Plague in India, 1896, 1897 - Volume 3
Year: 1896
Disease focus: Plague
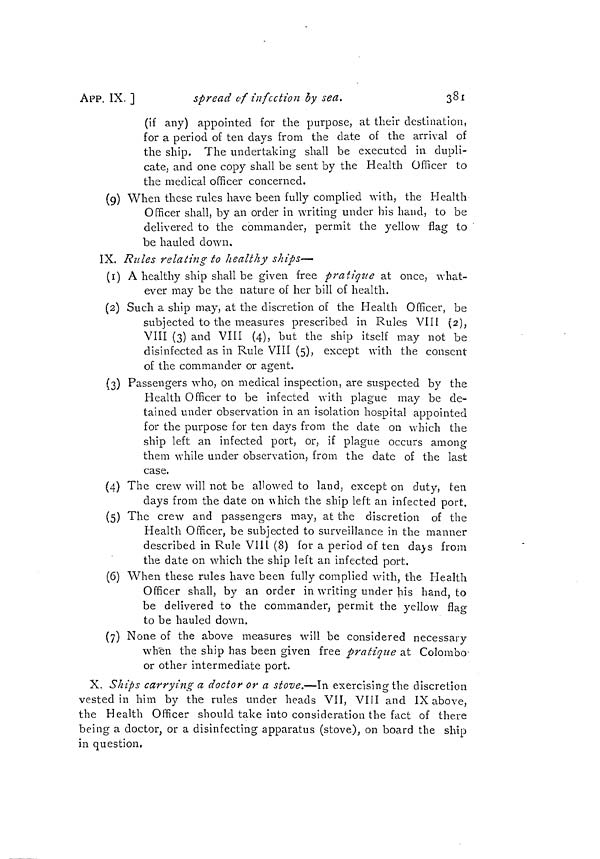
APP. IX. ]
spread of infection by sea.
381
(if any) appointed for the purpose, at their destination,
for a period of ten days from the date of the arrival of
the ship. The undertaking shall be executed in dupli-
cate, and one copy shall be sent by the Health Officer to
the medical officer concerned.
(9) When these rules have been fully complied with, the Health
Officer shall, by an order in writing under his hand, to be
delivered to the commander, permit the yellow flag to
be hauled down.
IX. Rules relating to healthy ships—
(ï) A healthy ship shall be given free pratique at once, what-
ever may be the nature of her bill of health.
(2) Such a ship may, at the discretion of the Health Officer, be
subjected to the measures prescribed in Rules VIII (2),
VIII (3) and VIII (4), but the ship itself may not be
disinfected as in Rule VIII (5), except with the consent
of the commander or agent.
(3) Passengers who, on medical inspection, are suspected by the
Health Officer to be infected with plague may be de-
tained under observation in an isolation hospital appointed
for the purpose for ten days from the date on which the
ship left an infected port, or, if plague occurs among
them while under observation, from the date of the last
case.
(4) The crew will not be allowed to land, except on duty, ten
days from the date on which the ship left an infected port.
(5) The crew and passengers may, at the discretion of the
Health Officer, be subjected to surveillance in the manner
described in Rule VIII (8) for a period of ten days from
the date on which the ship left an infected port.
(6) When these rules have been fully complied with, the Health
Officer shall, by an order in writing under his hand, to
be delivered to the commander, permit the yellow flag
to be hauled down.
(7) None of the above measures will be considered necessary
when the ship has been given free pratique at Colombo
or other intermediate port.
X. Ships carrying a doctor or a stove.—In exercising the discretion
vested in him by the rules under heads VII, VIII and IX above,
the Health Officer should take into consideration the fact of there
being a doctor, or a disinfecting apparatus (stove), on board the ship
in question,